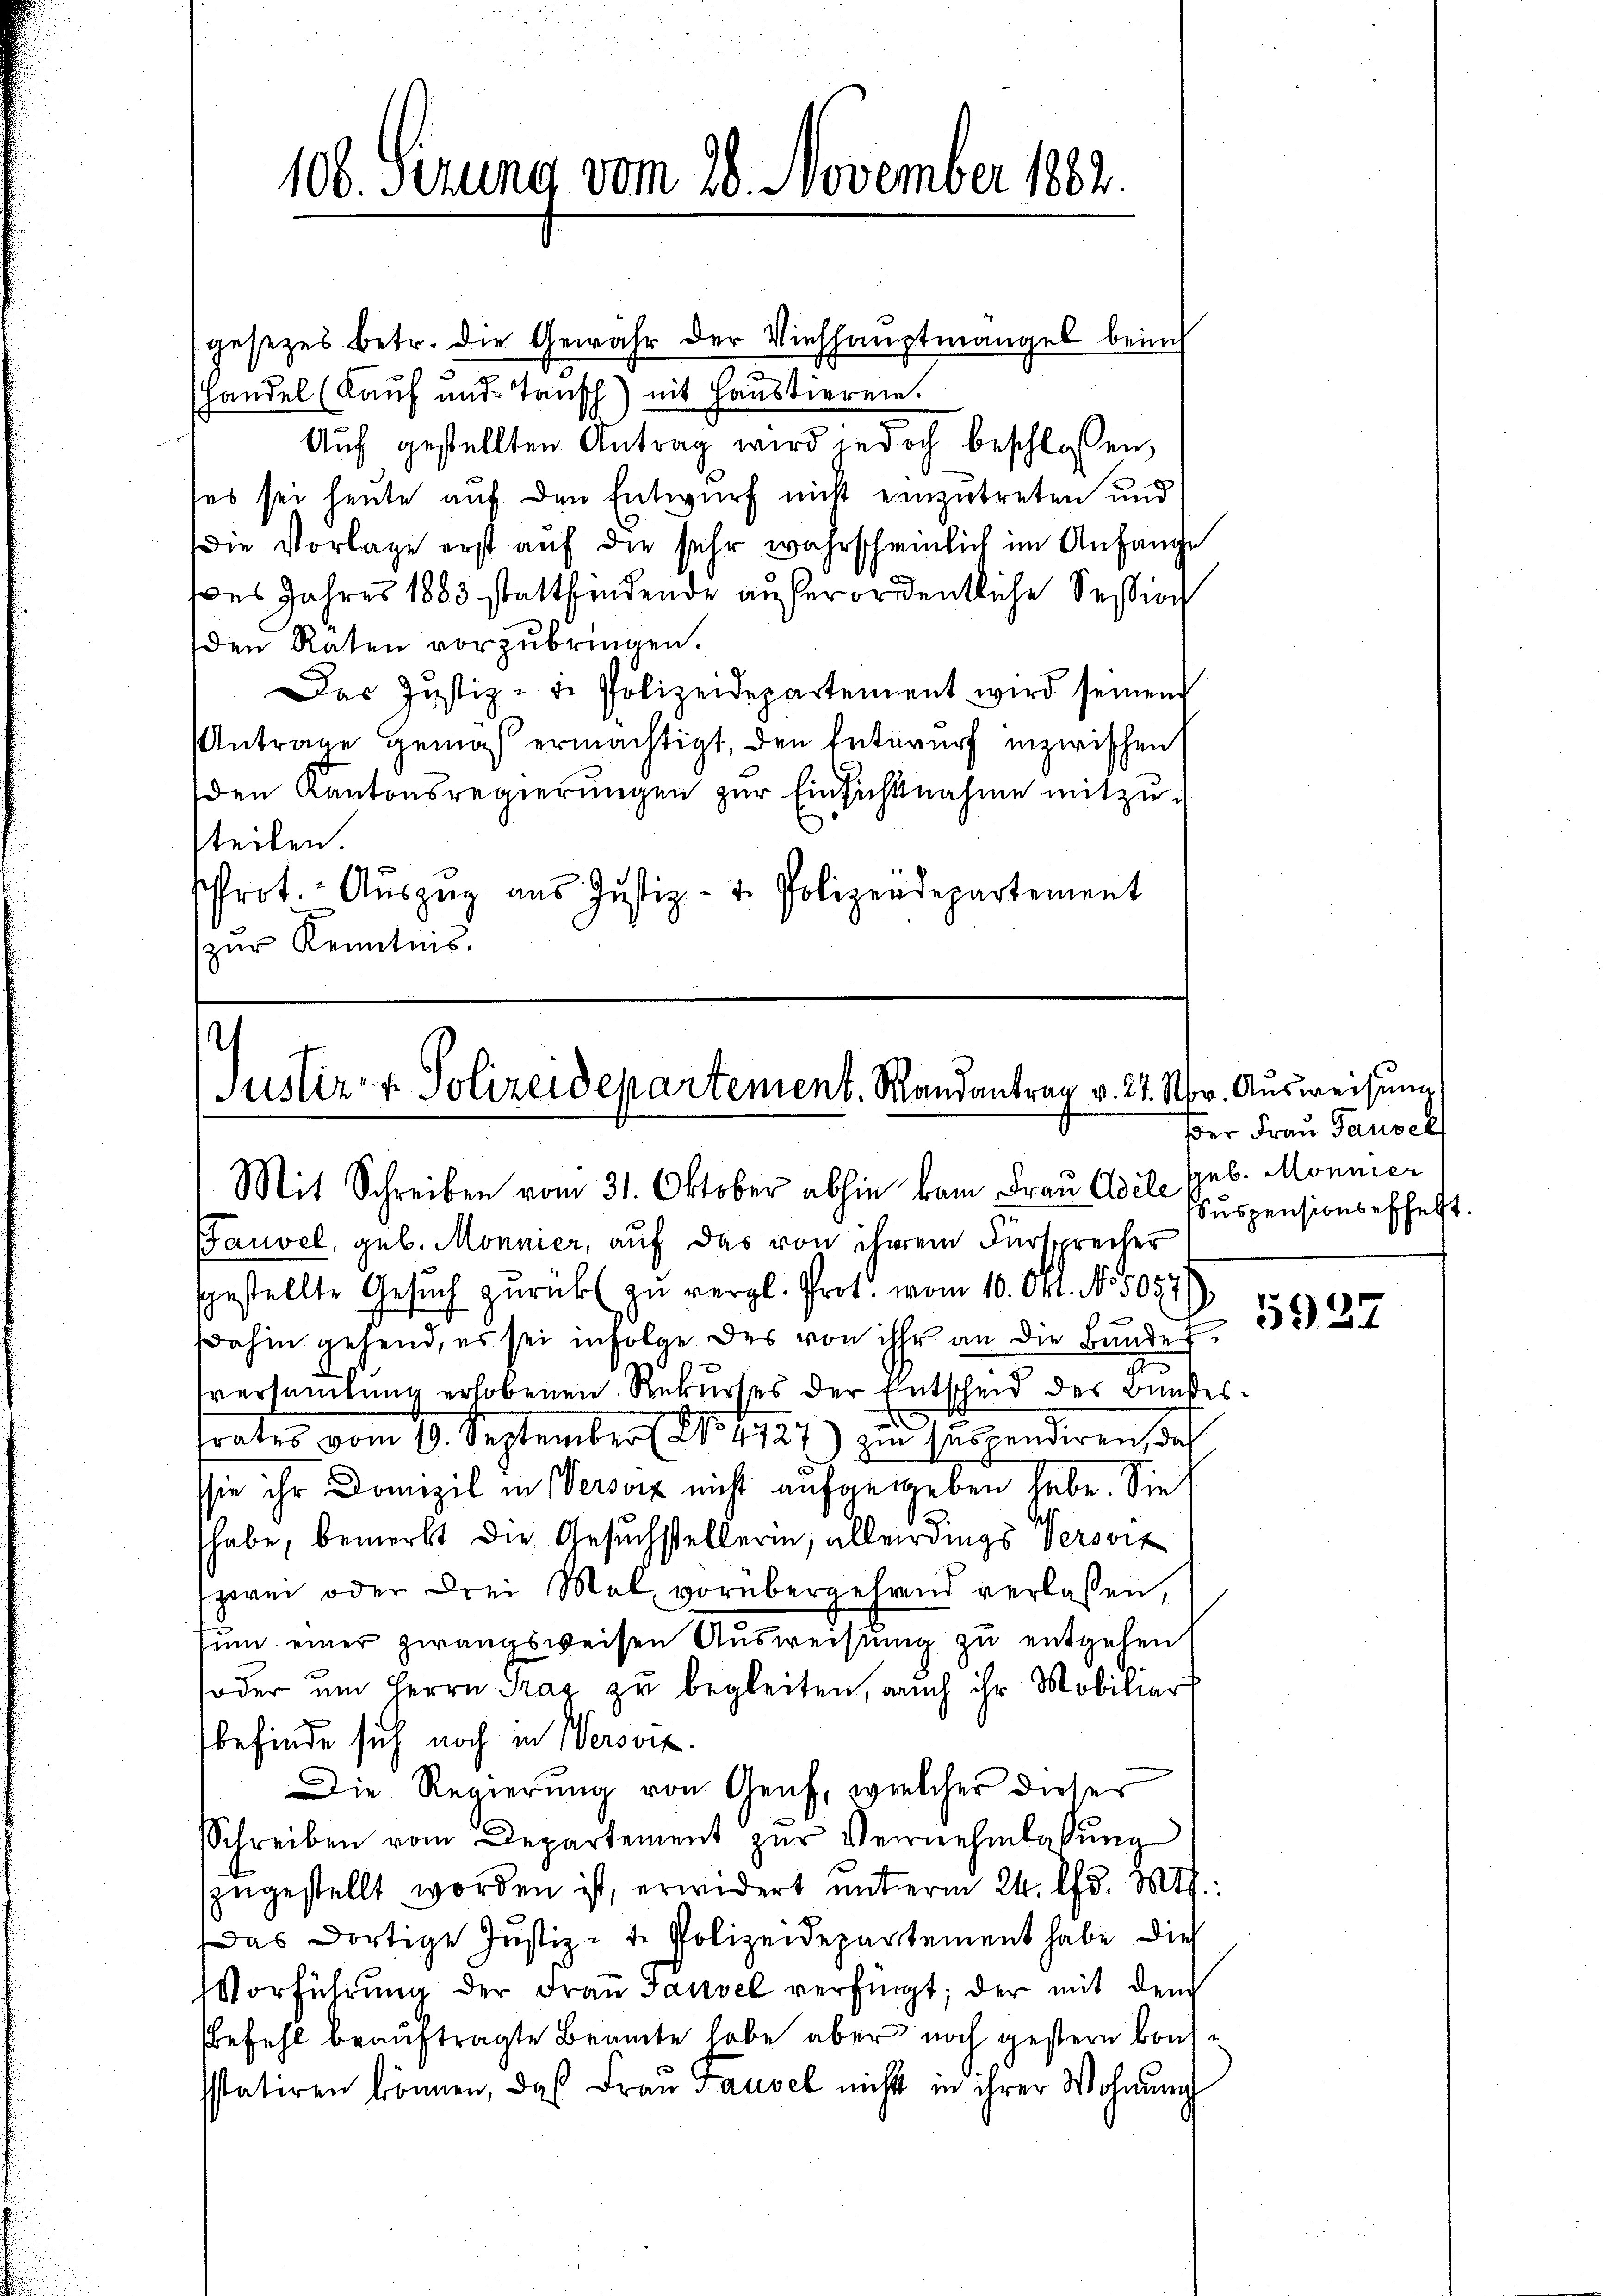
106. Serung vom 28. November 1882.

gesetzes betr. die Gewahr der Viehhauptmangel beim
Handel (Kauf und Tausch) mit Haustieren.
Auf gestellten Antrag wird jedoch beschlossen,
ses sei heute auf den Entwurf nicht einzutreten und
(die Vorlage erst auf die sehr wahrscheinlich im Anfange
pes Jahres 1883 stattfindende außerordentliche Session
den Raten vorzubringen.
Das Justiz-de Polizeidepartement wird seinen
Antrage gemäß ermächtigt, den Entwurf inzwischen
den Kantonsregierŭngen zŭr Einsichtnahme mitzu-
steilen.
Prot. Aŭszeig aus Justiz- u. Polizeidepartement
zŭr Kenntnis.

)
Justiz- & Polizeidepartement. Mandantrag v. 27. Nr. Ausweisung
Mit Schreiben vom 31. Oktober abhin kam Frau Adel suspensions effelt.

Bauvel, geb. Monnier, auf das von ihrem Fürsprecher
sgestellte Gesuch zurück zu vergl. Prot. vom 10. Okt. N. 5057
e
dahin gehend, es sei infolge des von ihr an die Bundes 1427
sversamlung erhobenen Rekurses der Entscheid des Bundes-
trates vom 19. September No. 4727) zu suspendiren, doch
sie ihr Domizil in Versort nicht aufgegeben habe. Sie
habe, bemerkt die Gesuchstellerin, allerdings Versit
zwei oder drei Mal vorübergehrend verlassen,
sum einer zwangsweisen Ausweisung zu entgehen
oder um Herrn Tag zu begleiten, auch ihr Mobiliar
befinde sich noch in Wersviz.
Die Regierung von Genf, welcher dieser
Schreiben vom Departement zŭr Vernehmlassŭng
szugestellt worden ist, erwidert unterm 24. d. Mt
Das dortige Justiz- t. Polizeidepartement habe dies
Vorführung der Frau Jauvel verfügt, der mit dem
befehl beauftragte Beamte habe aber noch gestern Brissstatiren können, daß Frau Pausel nicht in ihrer Wohnŭng

er Frau Pausel
Geb. Mönnier